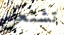
تشتعل